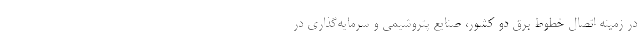
در زمینه اتصال خطوط برق دو کشور، صنایع پتروشیمی و سرمایه‌گذاری در